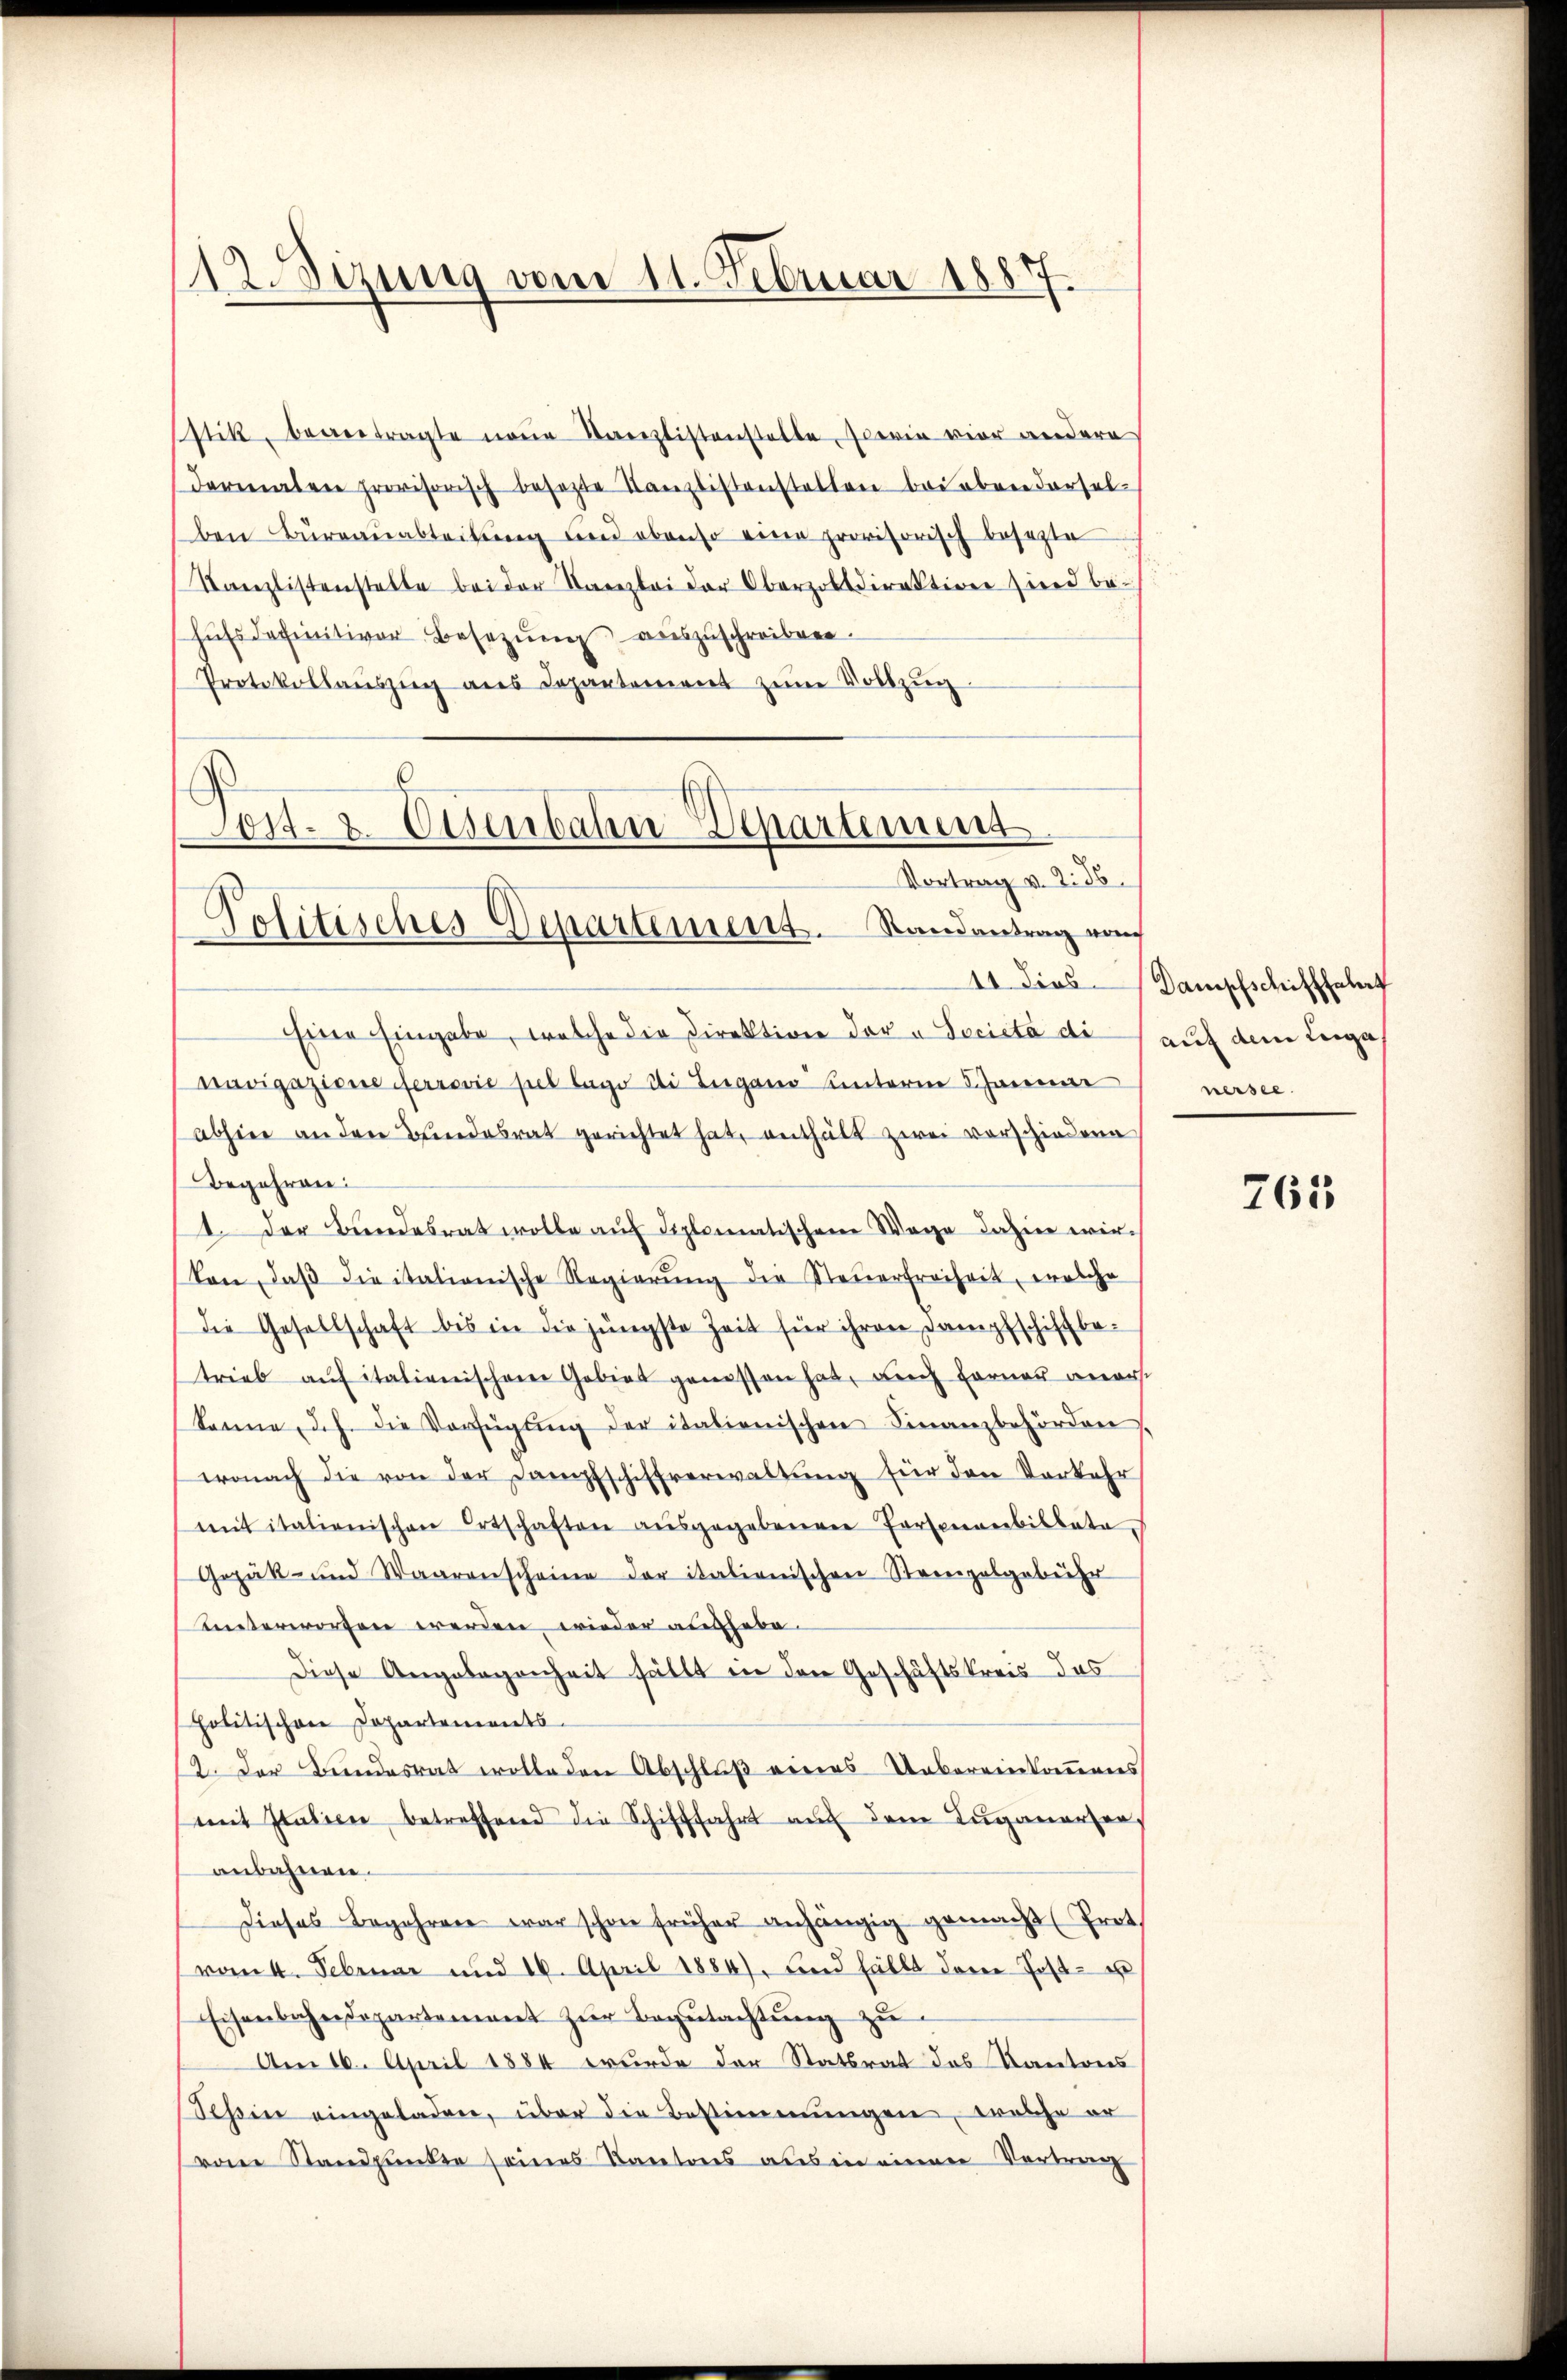
112. Sizung vom 11. Februar 1887

stik, beantragte neue Kanzlistenstelle, sowie vier andere
dermalen provisorisch besezte Tanzlistenstellen bei eben derselben Bureauabteilung und ebenso eine provisorisch besezte
Kanzlistenstalte bei der Kanzlei der Oberzolldirektion sind behŭfs definitiver Besetzŭng auszuschreiben.
Protokollaŭszŭg ans Departoniret zum Vollzug.
.
Tost. 2. Eisenbahn-Departement

Vortrag v. 2. 36.
Politisches Departement. Randantrag nach

Eine Eingabe, welche die Direktion der u Società di auf dem Luga
navigazione ferrović pel lage di Lugano unterm 5. Januar
abhin an den Bundesrat gerichtet hat, enthält zwei vorschiedene
Begehren:
1. Der Bundesrat wolle aŭf diplomatischen Wage dahin wir
kon, daβ dieitalionische Regierŭng der Steŭerfreiheit, welche
die Gesellschaft bis in die jüngste Zeit für ihren Dampfschiffbatrieb auf italienischen Gebiet genossen hat, auch Ferner anerst
könne, d.h. die Verfügŭng der italienischen Finanzbehörden.
wonach die von der Dampfschiffverwaltung für den Vorkehr
mit italienischen Ortschaften aŭsgegebenen Personarebislate
Gezäk- und Waarenscheine der italienischen Steinzelgebühr
Lnterworfen werden wieder aufhebe.
Diese Angelegenheit fällt in den Geschäftskreis das
politischen Departements
12. Der Bundesrat wolle den Abschlŭβ eines Uebereinkommens
mit Italien betreffend die Schifffahrt auf dem Luganerser,
anbahnen.
Dieses Begehren war schon früher anhängig gemacht (Prot
vom 4. Februar und 16. April 1886), und fällt deren Post-
Eisenbahndepartement zŭr Begŭtachtŭng zŭ
Am 16. April 1884 wurde der Statsrat des Kantons
Sehin eingeladen, über die Bestimmungen, welche er
vom Standpunkte seines Kantons aus in einen Vertrag

11 dies Dampfschiffhelf
nersee.

765